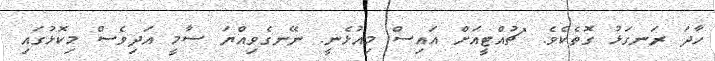
ހާދަ ރަނގަޅު ގޮތެކެވެ. "ޗުއްޓީއަށް އައިސް މިއުޅެނީ. ނޭނގެވިއްޔަ ސާމީ އަދިވެސް މިކޮޅުގައި